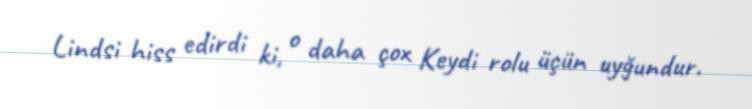
Lindsi hiss edirdi ki, o daha çox Keydi rolu üçün uyğundur.